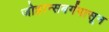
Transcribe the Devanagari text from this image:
जोहान्सबर्गपासून